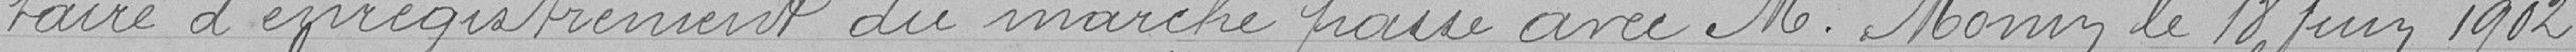
taire d'enregistrement du marché passé avec M.Monin le 18 Juin 1902.